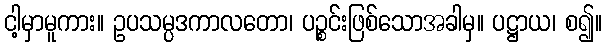
ငါ့မှာမူကား။ ဥပသမ္ပဒကာလတော၊ ပဉ္စင်းဖြစ်သောအခါမှ။ ပဋ္ဌာယ၊ စ၍။